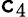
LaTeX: \mathtt{c}_{4}